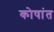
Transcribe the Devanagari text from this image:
कोषांत